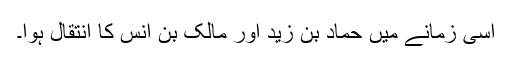
اسی زمانے میں حماد بن زید اور مالک بن انس کا انتقال ہوا۔